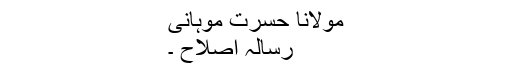
مولانا حسرتؔ موہانی
رسالہِ اصلاح ۔